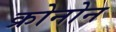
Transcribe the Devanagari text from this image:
क्रोनोन